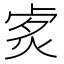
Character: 𤈭